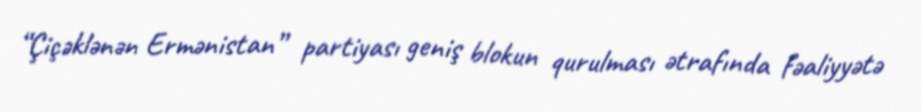
“Çiçəklənən Ermənistan” partiyası geniş blokun qurulması ətrafında fəaliyyətə